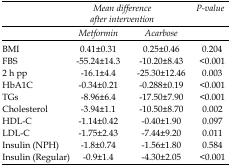
<table><thead><tr><td></td><td colspan="2"><b><i>Mean difference after intervention</i></b></td><td><b><i>P-value</i></b></td></tr><tr><td></td><td><b><i>Metformin</i></b></td><td><b><i>Acarbose</i></b></td><td></td></tr></thead><tbody><tr><td>BMI</td><td>0.41±0.31</td><td>0.25±0.46</td><td>0.204</td></tr><tr><td>FBS</td><td>-55.24±14.3</td><td>-10.20±8.43</td><td>&lt;0.001</td></tr><tr><td>2 h pp</td><td>-16.1±4.4</td><td>-25.30±12.46</td><td>0.003</td></tr><tr><td>HbA1C</td><td>-0.34±0.21</td><td>-0.288±0.19</td><td>&lt;0.001</td></tr><tr><td>TGs</td><td>-8.96±6.4</td><td>-17.50±7.90</td><td>&lt;0.001</td></tr><tr><td>Cholesterol</td><td>-3.94±1.1</td><td>-10.50±8.70</td><td>0.002</td></tr><tr><td>HDL-C</td><td>-1.14±0.42</td><td>-0.40±1.90</td><td>0.097</td></tr><tr><td>LDL-C</td><td>-1.75±2.43</td><td>-7.44±9.20</td><td>0.011</td></tr><tr><td>Insulin (NPH)</td><td>-1.8±0.74</td><td>-1.56±1.80</td><td>0.584</td></tr><tr><td>Insulin (Regular)</td><td>-0.9±1.4</td><td>-4.30±2.05</td><td>&lt;0.001</td></tr></tbody></table>